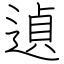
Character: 遉